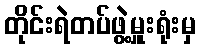
တိုင်းရဲတပ်ဖွဲ့မှူးရုံးမှ